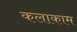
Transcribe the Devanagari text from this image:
कलाकाम